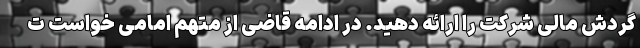
گردش مالی شرکت را ارائه دهید. در ادامه قاضی از متهم امامی خواست ت